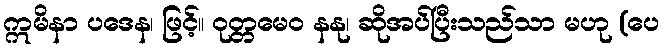
ဣမိနာ ပဒေန၊ ဖြင့်။ ဝုတ္တမေဝ နနု၊ ဆိုအပ်ပြီးသည်သာ မဟု (ပေ